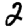
Digit: 2